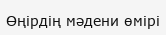
Өңірдің мәдени өмірі